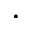
\cdot